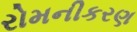
રોમનીકરણ